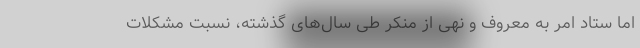
اما ستاد امر به معروف و نهی از منکر طی سال‌های گذشته، نسبت مشکلات